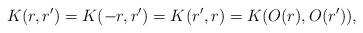
LaTeX: \begin{align*} K (r, r') = K (- r, r') = K (r', r) = K (O (r), O (r')),\end{align*}